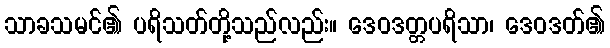
သာခသမင်၏ ပရိသတ်တို့သည်လည်း။ ဒေဝဒတ္တပရိသာ၊ ဒေဝဒတ်၏